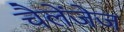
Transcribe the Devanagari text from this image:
चैलेंजेज